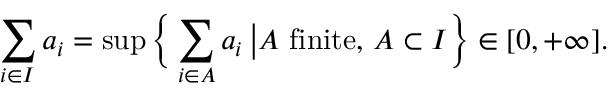
\sum _ { i \in I } a _ { i } = \operatorname* { s u p } { \Bigl \{ } \sum _ { i \in A } a _ { i } \, { \big | } A { \mathrm { ~ f i n i t e , ~ } } A \subset I { \Bigr \} } \in [ 0 , + \infty ] .